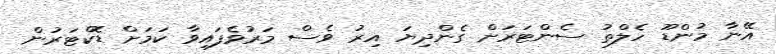
އޭނާ މުންޑޫ ހެލްތު ސެންޓަރަށް ގެންދިޔަ އިރު ވެސް މަރުވެފައިވާ ކަމަށް ޑޮކްޓަރުން